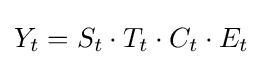
Y_{t}=S_{t}\cdot T_{t}\cdot C_{t}\cdot E_{t}